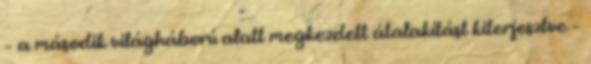
– a második világháború alatt megkezdett átalakítást kiterjesztve –